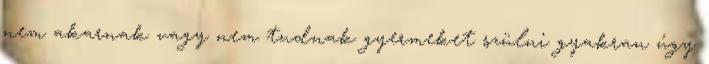
nem akarnak vagy nem tudnak gyermeket szülni gyakran úgy